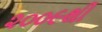
૨૦૦૯થી